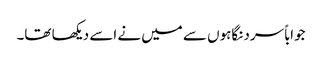
جواباً سرد نگاہوں سے میں نے اسے دیکھا تھا۔